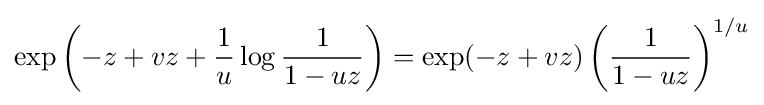
\exp \left(-z+vz+{\frac {1}{u}}\log {\frac {1}{1-uz}}\right)=\exp(-z+vz)\left({\frac {1}{1-uz}}\right)^{1/u}